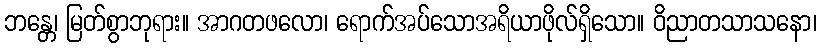
ဘန္တေ၊ မြတ်စွာဘုရား။ အာဂတဖလော၊ ရောက်အပ်သောအရိယာဖိုလ်ရှိသော။ ဝိညာတသာသနော၊